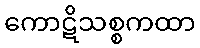
ကောဋိသစ္စကထာ